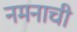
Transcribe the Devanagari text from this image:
नमनाची